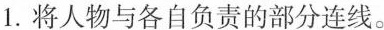
1.将人物与各自负责的部分连线.